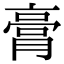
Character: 膏